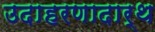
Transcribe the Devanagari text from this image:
उदाहरणादार्थ